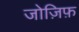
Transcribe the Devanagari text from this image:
जोज़िफ़